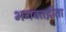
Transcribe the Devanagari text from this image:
भगवतद्गीता